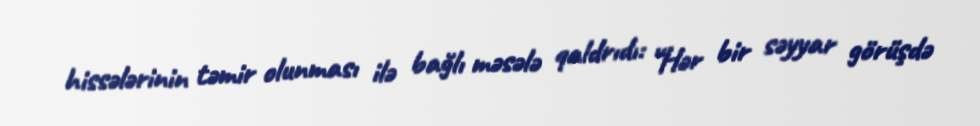
hissələrinin təmir olunması ilə bağlı məsələ qaldrıdı: “Hər bir səyyar görüşdə